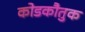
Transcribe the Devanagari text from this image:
कोडकौतुक